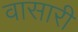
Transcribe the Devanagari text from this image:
वासारी